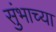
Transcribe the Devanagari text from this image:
सुंभाच्या